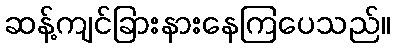
ဆန့်ကျင်ခြားနားနေကြပေသည်။